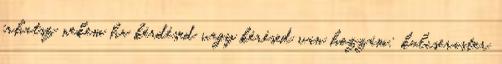
írhatsz nekem ha kérdésed vagy kérésed van hozzám: kulcseraster